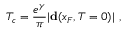
T _ { c } = \frac { e ^ { \gamma } } { \pi } | { \bf d } ( x _ { F } , T = 0 ) | \ ,